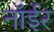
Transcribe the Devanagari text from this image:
नॉईर